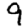
Digit: 9